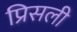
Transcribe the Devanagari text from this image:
प्रिसली